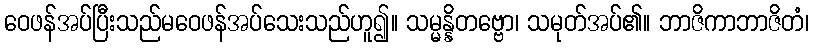
ဝေဖန်အပ်ပြီးသည်မဝေဖန်အပ်သေးသည်ဟူ၍။ သမ္မန္နိတဗ္ဗော၊ သမုတ်အပ်၏။ ဘာဇိကာဘာဇိတံ၊